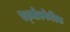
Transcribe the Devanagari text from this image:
एट्मोस्फेरिक